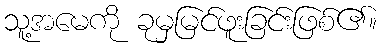
သူ့အမေကို ခုမှမြင်ဖူးခြင်းဖြစ်၏။